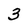
Character: 3